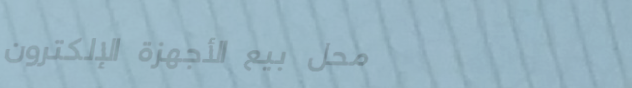
محل بيع الأجهزة الإلكترون